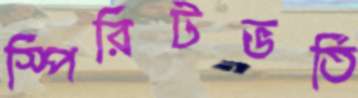
স্পিরিটভর্তি